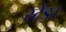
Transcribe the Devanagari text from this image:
स्टेंड।